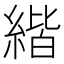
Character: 𦂄